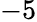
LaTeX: -5